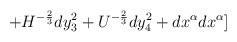
LaTeX: \begin{align*}+H^{-{2\over3}}dy_3^2+U^{-{2\over3}}dy_4^2+dx^{\alpha}dx^{\alpha}]\end{align*}